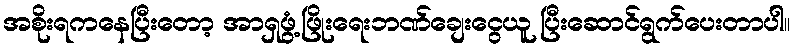
အစိုးရကနေပြီးတော့ အာရှဖွံ့ဖြိုးရေးဘဏ်ချေးငွေယူ ပြီးဆောင်ရွက်ပေးတာပါ။